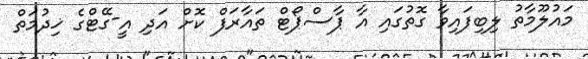
މައުލޫމާތު ލިބިފައިވާ ގޮތުގައި އާ ޕާސްޕޯޓް ތައާރަފް ކޮށް އަދި އީ-ގޭޓްގެ ޚިދުމަތް